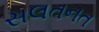
સલતનત